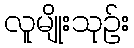
လူမျိုးသုဉ်း